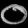
Digit: ၀